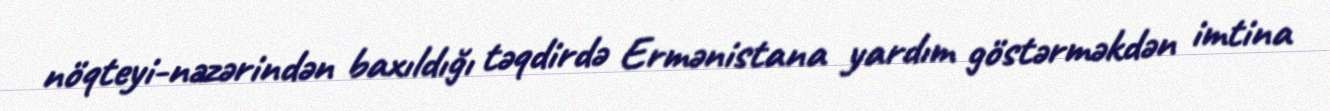
nöqteyi-nəzərindən baxıldığı təqdirdə Ermənistana yardım göstərməkdən imtina